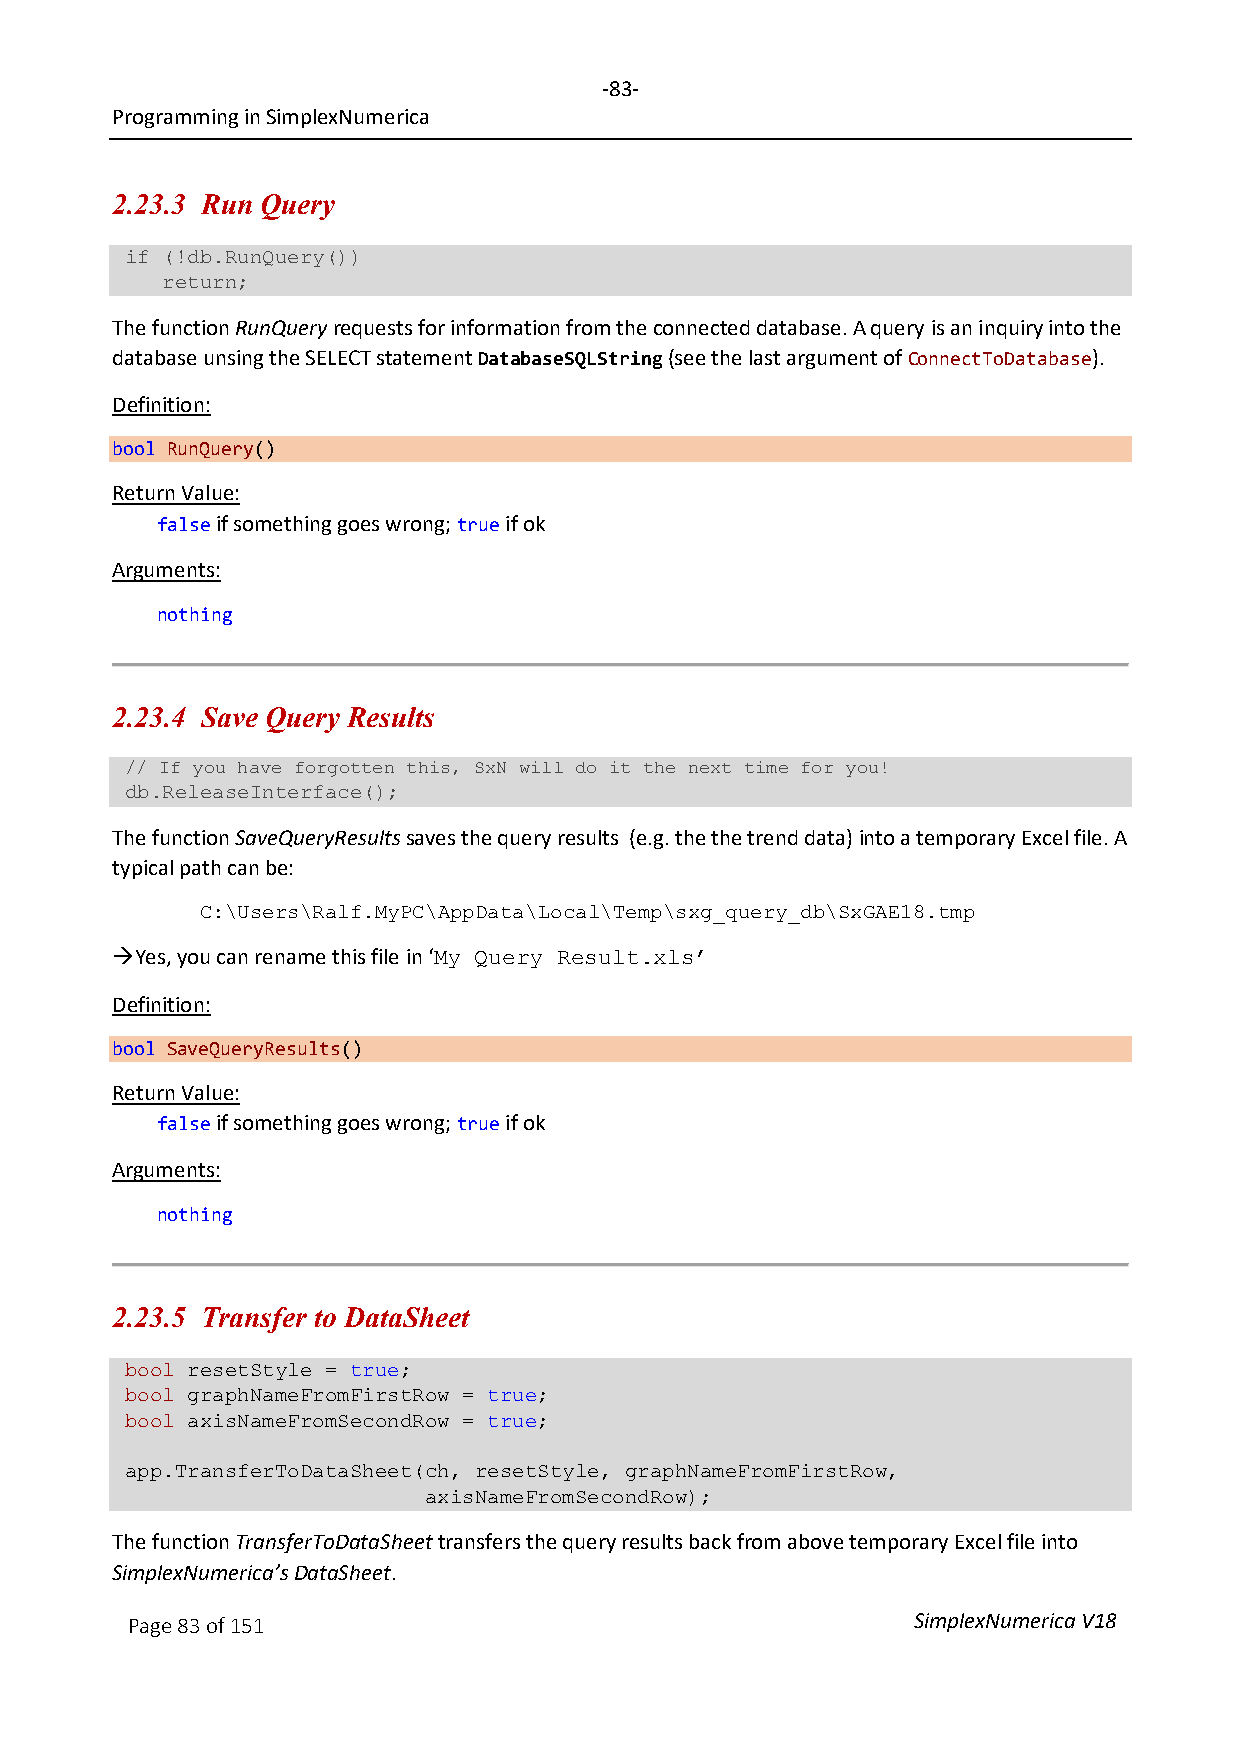
-83-
 Programming in SimplexNumerica
 2.23.3 Run Query
 if (!db.RunQuery())
 return;
 The function RunQuery requests for information from the connected database. A query is an inquiry into the
 database unsing the SELECT statement DatabaseSQLString (see the last argument of ConnectToDatabase).
 Definition:
 bool RunQuery()
 Return Value:
 false if something goes wrong; true if ok
 Arguments:
 nothing
 2.23.4 Save Query Results
 // If you have forgotten this, SxN will do it the next time for you!
 db.ReleaseInterface();
 The function SaveQueryResults saves the query results (e.g. the the trend data) into a temporary Excel file. A
 typical path can be:
 C:\Users\Ralf.MyPC\AppData\Local\Temp\sxg_query_db\SxGAE18.tmp
 Yes, you can rename this file in ‘
 My Query Result.xls’
 Definition:
 bool SaveQueryResults()
 Return Value:
 false if something goes wrong; true if ok
 Arguments:
 nothing
 2.23.5 Transfer to DataSheet
 bool resetStyle = true;
 bool graphNameFromFirstRow = true;
 bool axisNameFromSecondRow = true;
 app.TransferToDataSheet(ch, resetStyle, graphNameFromFirstRow,
 axisNameFromSecondRow);
 The function TransferToDataSheet transfers the query results back from above temporary Excel file into
 SimplexNumerica’s DataSheet.
 Page 83 of 151                                      SimplexNumerica V18